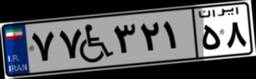
۷۷W۳۲۱۵۸